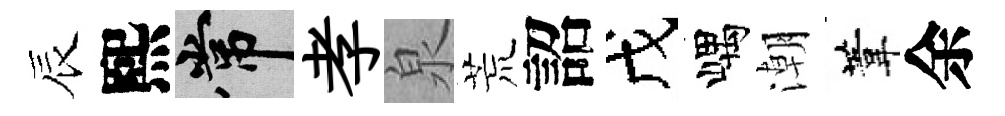
辰熙常孝泉荒詔戊嵎潮葦余